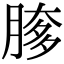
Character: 䐒